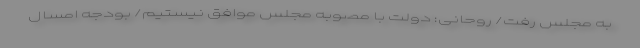
به مجلس رفت/ روحانی: دولت با مصوبه مجلس موافق نیستیم/ بودجه امسال